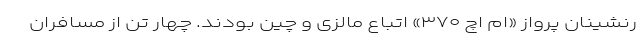
رنشینان پرواز «ام اچ ۳۷۰» اتباع مالزی و چین بودند. چهار تن از مسافران